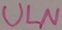
Text: ULN